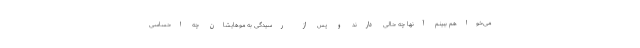
می‌خواهم ببینم آنها چه حالی دارند و پس از رسیدگی به موهایشان چه احساسی